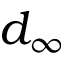
d _ { \infty }